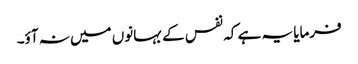
فرمایا یہ ہے کہ نفس کے بہانوں میں نہ آؤ۔